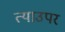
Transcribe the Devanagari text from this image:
त्याउपर